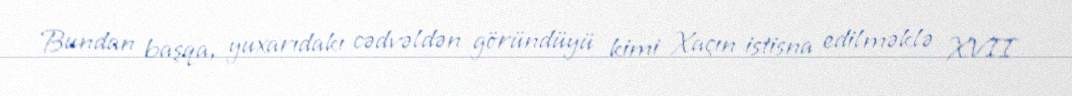
Bundan başqa, yuxarıdakı cədvəldən göründüyü kimi Xaçın istisna edilməklə XVII